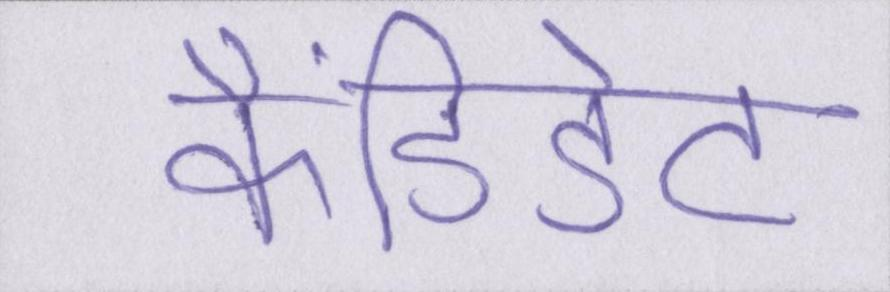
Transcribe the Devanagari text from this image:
कैंडिडेट